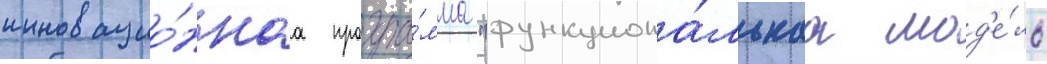
инновацио́ннаа програ́мма "функциона́льнаа мод'е́ль